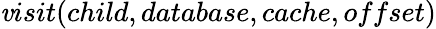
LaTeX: \mathit{v}isit(child,database,cache,offset)